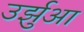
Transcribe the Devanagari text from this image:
उर्झुआ